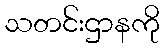
သတင်းဌာနကို